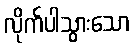
လိုက်ပါသွားသော